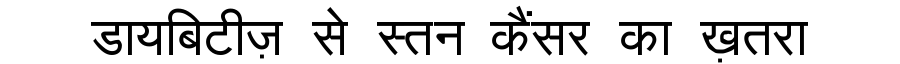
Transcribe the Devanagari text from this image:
डायबिटीज़ से स्तन कैंसर का ख़तरा